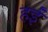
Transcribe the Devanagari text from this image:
हईं